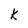
Character: k